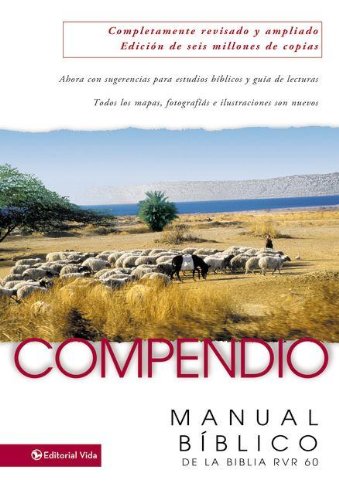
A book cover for Compendio:  Manual Biblico de la Biblia RVR 60 (Spanish Edition); Henry H. Halley; Christian Books & Bibles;